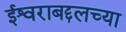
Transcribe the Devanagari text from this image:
ईश्वराबद्दलच्या